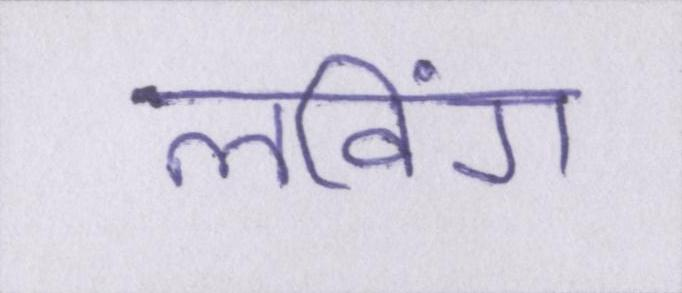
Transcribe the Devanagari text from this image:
लविंग